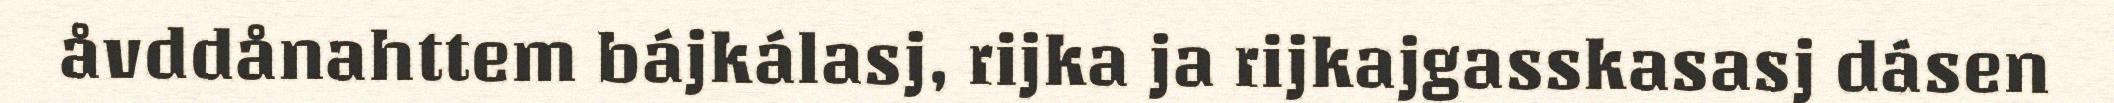
åvddånahttem bájkálasj, rijka ja rijkajgasskasasj dásen